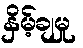
နှိမ့်ချမှု